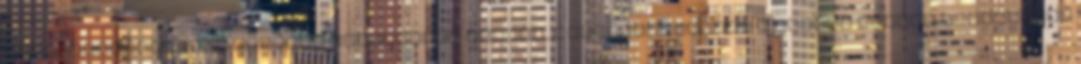
különlegességével Tihanyi Levendulás Sörrel, programkavalkád a Bujtor István Szabadtéri